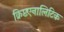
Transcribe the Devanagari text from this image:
क्रिप्टएनालिटिक